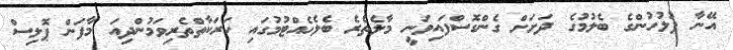
އޭނާ ފުލުހުންގެ ބެލުމުގެ ދަށަށް ގެންގޮސްފައިވަނީ މާލެތެރެ ބެލެހެއްޓުމުގައި ހަރަކާތްތެރިވަމުންދިއަ މާފަން ޕޮލިސް